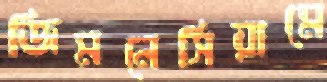
জিমনেসিয়ামে